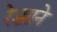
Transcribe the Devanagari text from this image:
रेड्याने